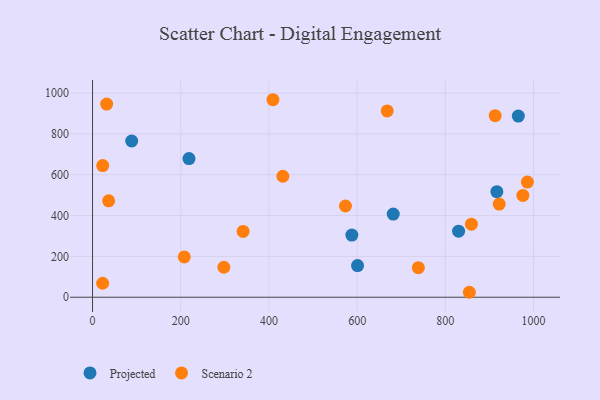
{"axis": {"x": "Distance", "y": "Rating"}, "legend": ["Projected", "Scenario 2"], "data": [{"x": "88.8", "y": 765.1, "type": "Projected"}, {"x": "218.7", "y": 679.3, "type": "Projected"}, {"x": "600.9", "y": 155.2, "type": "Projected"}, {"x": "916.8", "y": 516.9, "type": "Projected"}, {"x": "965.5", "y": 887.3, "type": "Projected"}, {"x": "588.0", "y": 304.6, "type": "Projected"}, {"x": "830.0", "y": 323.5, "type": "Projected"}, {"x": "681.9", "y": 407.1, "type": "Projected"}, {"x": "859.1", "y": 357.8, "type": "Scenario 2"}, {"x": "986.0", "y": 564.2, "type": "Scenario 2"}, {"x": "668.2", "y": 912.6, "type": "Scenario 2"}, {"x": "32.0", "y": 945.9, "type": "Scenario 2"}, {"x": "341.4", "y": 322.1, "type": "Scenario 2"}, {"x": "409.1", "y": 967.4, "type": "Scenario 2"}, {"x": "431.5", "y": 592.6, "type": "Scenario 2"}, {"x": "854.4", "y": 24.2, "type": "Scenario 2"}, {"x": "738.8", "y": 144.8, "type": "Scenario 2"}, {"x": "975.8", "y": 498.6, "type": "Scenario 2"}, {"x": "573.5", "y": 446.7, "type": "Scenario 2"}, {"x": "922.1", "y": 456.3, "type": "Scenario 2"}, {"x": "36.5", "y": 472.2, "type": "Scenario 2"}, {"x": "208.0", "y": 197.3, "type": "Scenario 2"}, {"x": "22.9", "y": 68.5, "type": "Scenario 2"}, {"x": "297.8", "y": 146.9, "type": "Scenario 2"}, {"x": "23.1", "y": 644.9, "type": "Scenario 2"}, {"x": "913.0", "y": 889.4, "type": "Scenario 2"}]}